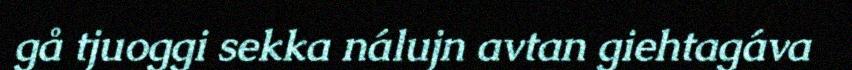
gå tjuoggi sekka nálujn avtan giehtagáva